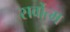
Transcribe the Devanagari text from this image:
सर्वोत्‍म